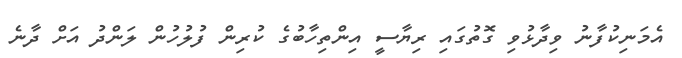
އެމަނިކުފާނު ވިދާޅުވި ގޮތުގައި ރިޔާސީ އިންތިހާބުގެ ކުރިން ފުލުހުން ލަންދު އަށް ދާނެ